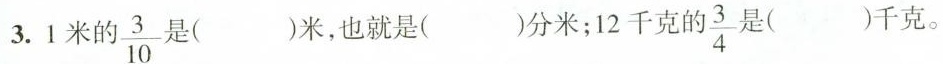
3.1米的\frac{3}{10}是()米，也就是()分米；12千克的\frac{3}{4}是()千克。